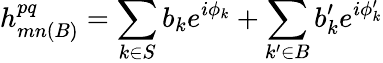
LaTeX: h_{mn(B)}^{pq}=\sum_{k\in S}b_{k}e^{i\phi_{k}}+\sum_{k^{\prime}\in B}b_{k}^{\prime}e^{i\phi_{k}^{\prime}}